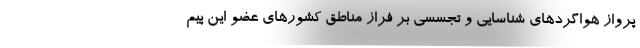
پرواز هواگردهای شناسایی و تجسسی بر فراز مناطق کشورهای عضو این پیم